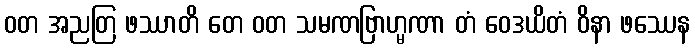
ဝတ အညတြ ဖဿာတိ တေ ဝတ သမဏဗြာဟ္မဏာ တံ ဝေဒယိတံ ဝိနာ ဖဿေန